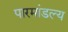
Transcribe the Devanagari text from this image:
पारमांडल्य